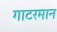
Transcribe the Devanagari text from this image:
गाटरमान